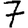
Digit: 7